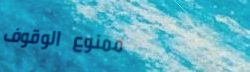
ممنوع الوقوف